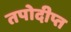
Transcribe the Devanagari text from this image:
तपोदीप्त